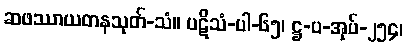
ဆဖဿာယတနသုတ်-သံ။ ပဋိသံ-ပါ-၆၅၊ ဋ္ဌ-ပ-အုပ်-၂၅၄၊